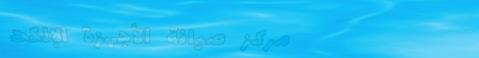
مركز صيانة الأجهزة الإلكت